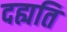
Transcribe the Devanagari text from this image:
दह्यति